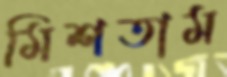
মিশতাম